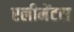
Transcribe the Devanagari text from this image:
एलीमेंटस